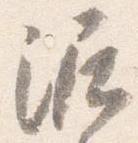
泥